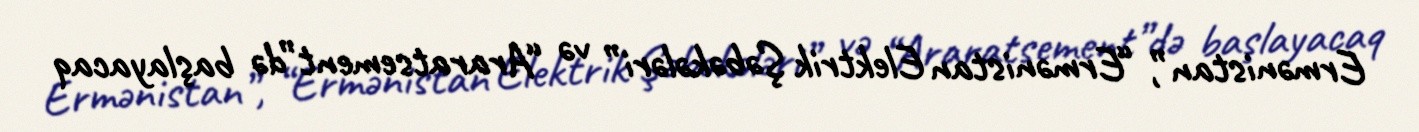
Ermənistan”, “Ermənistan Elektrik Şəbəkələri” və “Araratsement”də başlayacaq